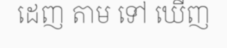
ដេញ តាម ទៅ ឃើញ